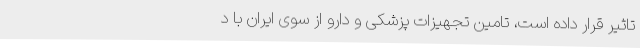
تاثیر قرار داده است، تامین تجهیزات پزشکی و دارو از سوی ایران با د